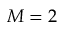
M = 2